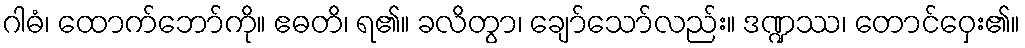
ဂါဓံ၊ ထောက်ဘော်ကို။ ဧဓတိ၊ ရ၏။ ခလိတွာ၊ ချော်သော်လည်း။ ဒဏ္ဍဿ၊ တောင်ဝှေး၏။